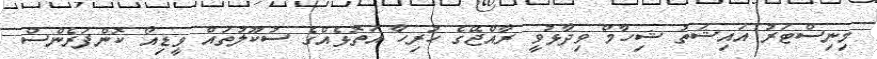
މިނިސްޓަރު އައިޝަތު ޝިހާމް ވިދާޅުވީ ރާއްޖޭގެ ހުރިހާ އަތޮޅެއްގެ ސުކޫލުތައް ވީޑިއޯ ކޮންފަރެންސް